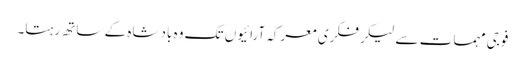
فوجی مہمات سے لیکر فکری معرکہ آرائیوں تک وہ بادشاہ کے ساتھ رہتا۔